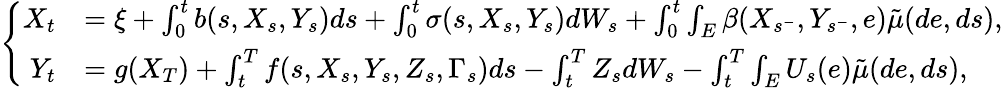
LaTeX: \begin{array}{r}{\left\{ \begin{array}{rl}{X_{t}}&{=\xi+\int_{0}^{t}b(s,X_{s},Y_{s})ds+\int_{0}^{t}\sigma(s,X_{s},Y_{s})dW_{s}+\int_{0}^{t}\int_{E}\beta(X_{s^{-}},Y_{s^{-}},e)\tilde{\mu}(de,ds),}\\ {Y_{t}}&{=g(X_{T})+\int_{t}^{T}f(s,X_{s},Y_{s},Z_{s},\Gamma_{s})ds-\int_{t}^{T}Z_{s}dW_{s}-\int_{t}^{T}\int_{E}U_{s}(e)\tilde{\mu}(de,ds),}\end{array}\right.}\end{array}